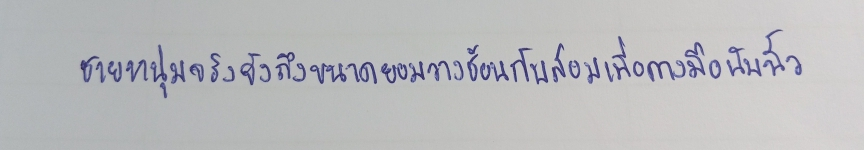
ชายหนุ่มจริงจังถึงขนาดยอมวางช้อนกับส้อมเพื่อกางมือนับนิ้ว